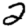
Digit: 2